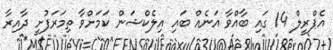
އެޕްރީލް 14 ގައި ބާއްވާ އަނެއް ބައި އިލެކްޝަން ކަމަށްވާ ތިމަރަފުށީ ދާއިރާ